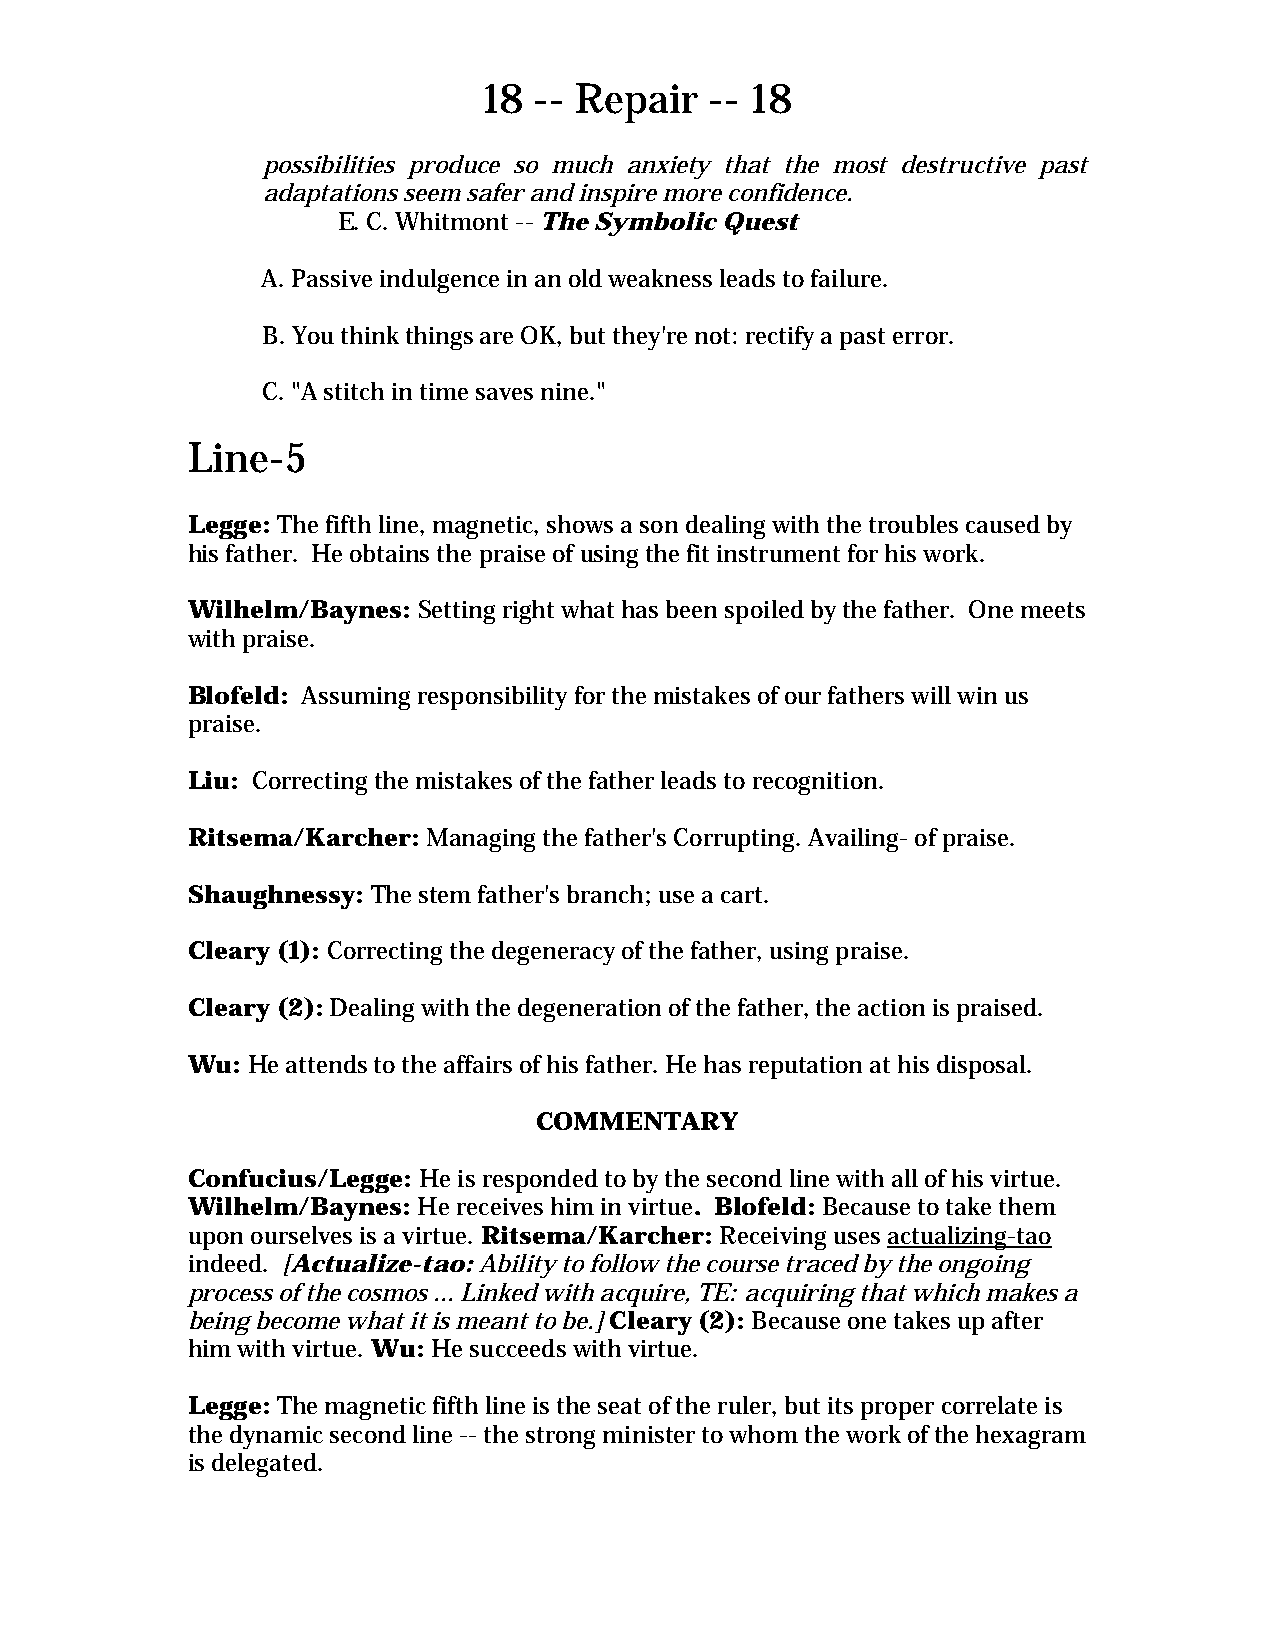
18 -- Repair   -- 18
 possibilities produce so much anxiety that the most destructive past
 adaptations seem safer and inspire more confidence.
 E. C. Whitmont -- The Symbolic Quest
 A. Passive indulgence in an old weakness leads to failure.
 B. You think things are OK, but they're not: rectify a past error.
 C. "A stitch in time saves nine."
 Line-5
 Legge: The fifth line, magnetic, shows a son dealing with the troubles caused by
 his father. He obtains the praise of using the fit instrument for his work.
 Wilhelm/Baynes: Setting right what has been spoiled by the father. One meets
 with praise.
 Blofeld: Assuming responsibility for the mistakes of our fathers will win us
 praise.
 Liu: Correcting the mistakes of the father leads to recognition.
 Ritsema/Karcher: Managing the father's Corrupting. Availing- of praise.
 Shaughnessy: The stem father's branch; use a cart.
 Cleary (1): Correcting the degeneracy of the father, using praise.
 Cleary (2): Dealing with the degeneration of the father, the action is praised.
 Wu: He attends to the affairs of his father. He has reputation at his disposal.
 COMMENTARY
 Confucius/Legge: He is responded to by the second line with all of his virtue.
 Wilhelm/Baynes: He receives him in virtue. Blofeld: Because to take them
 upon ourselves is a virtue. Ritsema/Karcher: Receiving uses actualizing-tao
 indeed. [Actualize-tao: Ability to follow the course traced by the ongoing
 process of the cosmos ... Linked with acquire, TE: acquiring that which makes a
 being become what it is meant to be.] Cleary (2): Because one takes up after
 him with virtue. Wu: He succeeds with virtue.
 Legge: The magnetic fifth line is the seat of the ruler, but its proper correlate is
 the dynamic second line -- the strong minister to whom the work of the hexagram
 is delegated.